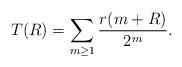
LaTeX: \begin{align*}T(R)= \sum_{m\ge 1} \frac{r(m+R)}{2^m}.\end{align*}